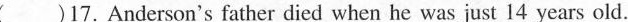
( )17.Anderson's father died when he was just 14 years old.